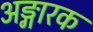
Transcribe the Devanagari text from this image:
अङ्गारक